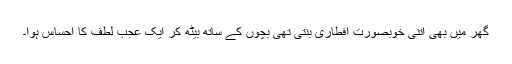
گھر میں بھی اتنی خوبصورت افطاری بنتی تھی بچوں کے ساتھ بیٹھ کر ایک عجب لطف کا احساس ہوا۔